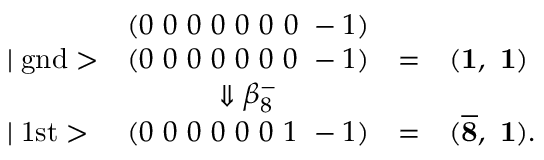
\begin{array} { l c c l } { { } } & { { ( 0 ~ 0 ~ 0 ~ 0 ~ 0 ~ 0 ~ 0 ~ - 1 ) } } \\ { { \mid \mathrm { g n d } > } } & { { ( 0 ~ 0 ~ 0 ~ 0 ~ 0 ~ 0 ~ 0 ~ - 1 ) } } & { { = } } & { { ( { \bf 1 } , ~ { \bf 1 } ) } } \\ { { } } & { { \Downarrow \beta _ { 8 } ^ { - } } } \\ { { \mid \mathrm { 1 s t } > } } & { { ( 0 ~ 0 ~ 0 ~ 0 ~ 0 ~ 0 ~ 1 ~ - 1 ) } } & { { = } } & { { ( { \bf \overline { { 8 } } } , ~ { \bf 1 } ) . } } \end{array}